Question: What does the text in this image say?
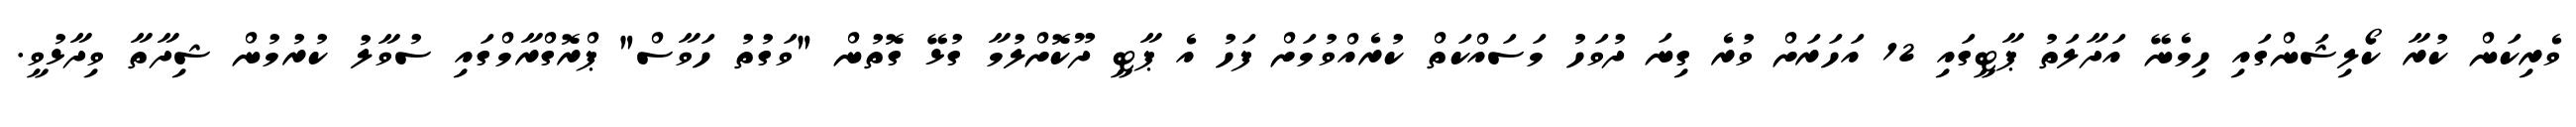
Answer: ވެރިކަން ކުރާ ކޯލިޝަންގައި ހިމެނޭ އަދާލަތު ޕާޓީގައި 12 އަހަރަށް ވުރެ ގިނަ ދުވަހު މަސައްކަތް ކުރެއްވުމަށް ފަހު އެ ޕާޓީ ދޫކޮށްލުމާ ގުޅޭ ގޮތުން "ވަގުތު ހަވާސް" ޕްރޮގްރާމްގައި ސުވާލު ކުރުމުން ޝިދާތާ ވިދާޅުވީ.